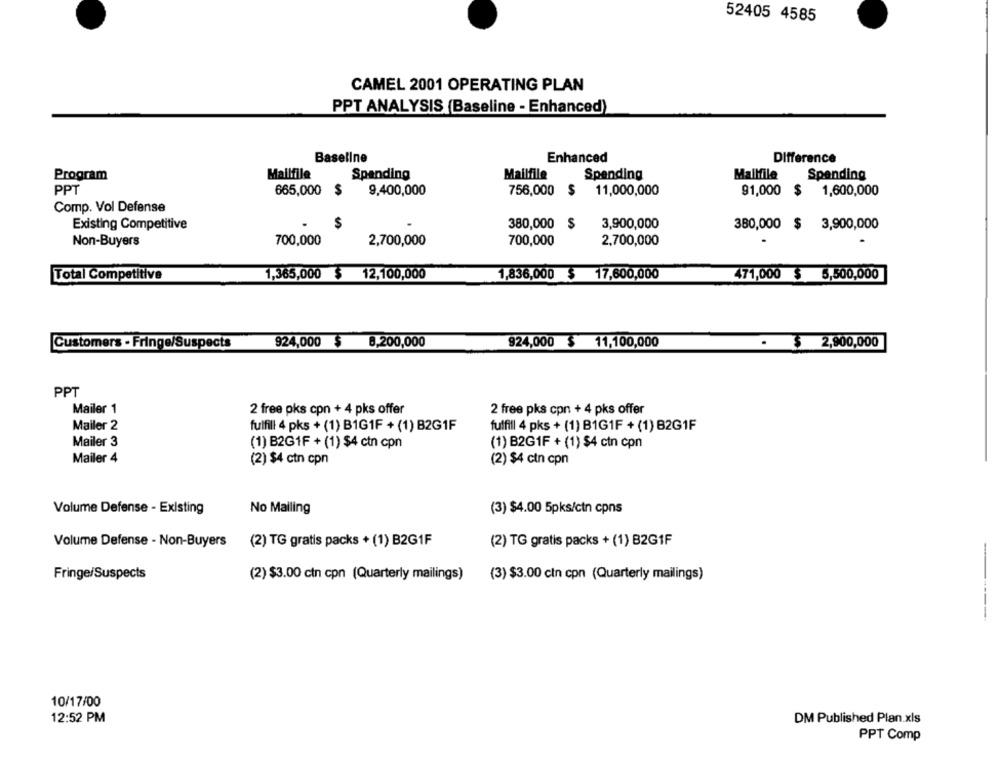
52405 4585
CAMEL 2001 OPERATING PLAN
PPT ANALYSIS (Baseline - Enhanced)
Baseline
Enhanced
Difference
Program
Mailfile
Spending
Mailfile
Spending
Mallfile
Spending
PPT
665,000
9,400,000
756,000
$
11,000,000
91,000 $ 1,600,000
Comp. Vol Defense
Existing Competitive
380,000
$
3,900,000
380,000 $ 3,900,000
Non-Buyers
700,000
2,700,000
700,000
2,700,000
1,836,000 $ 17,600,000
Total Competitive
1,365,000 $ 12,100,000
471,000 $ 5,500,000
924,000 $ 8,200,000
924,000 $ 11,100,000
$
Customers . Fringe/Suspects
2,900,000
PPT
Mailer 1
2 free pks cpn + 4 pks offer
2 free pks cpn + 4 pks offer
Mailer 2
fulfill 4 pks + (1) B1G1F + (1) B2G1F
fulfill 4 pks + (1) B1G1F + (1) B2G1F
Mailer 3
(1) B2G1F + (1) $4 ctn cpn
(1) B2G1F + (1) $4 ctn cpn
Mailer 4
(2) $4 ctn cpn
(2) $4 ctn cpn
Volume Defense - Existing
No Mailing
(3) $4.00 5pks/ctn cpns
Volume Defense - Non-Buyers
(2) TG gratis packs + (1) B2G1F
(2) TG gratis packs + (1) B2G1F
Fringe/Suspects
(2) $3.00 cin cpn (Quarterly mailings)
(3) $3.00 ctn cpn (Quarterly mailings)
10/17/00
12:52 PM
DM Published Plan.xls
PPT Comp